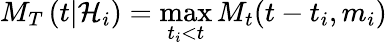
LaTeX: M_{T}\left(t\vert{\cal H}_{i}\right)=\operatorname*{max}_{t_{i}<t}M_{t}(t-t_{i},m_{i})